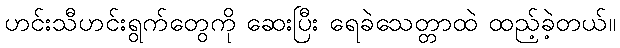
ဟင်းသီဟင်းရွက်တွေကို ဆေးပြီး ရေခဲသေတ္တာထဲ ထည့်ခဲ့တယ်။